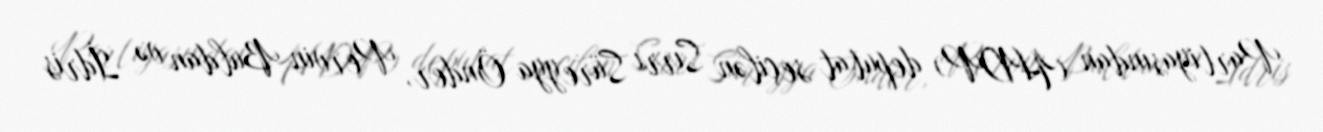
Partiyasından (HDP) deputat seçilən Sırrı Süreyya Önder, Pervin Buldan və İdris